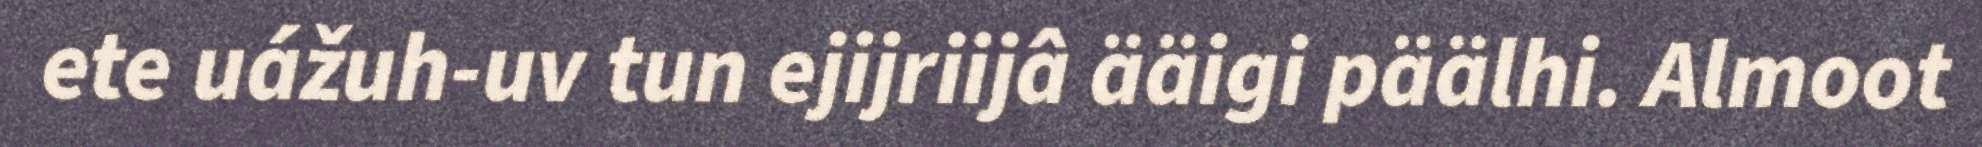
ete uážuh-uv tun ejijriijâ ääigi päälhi. Almoot